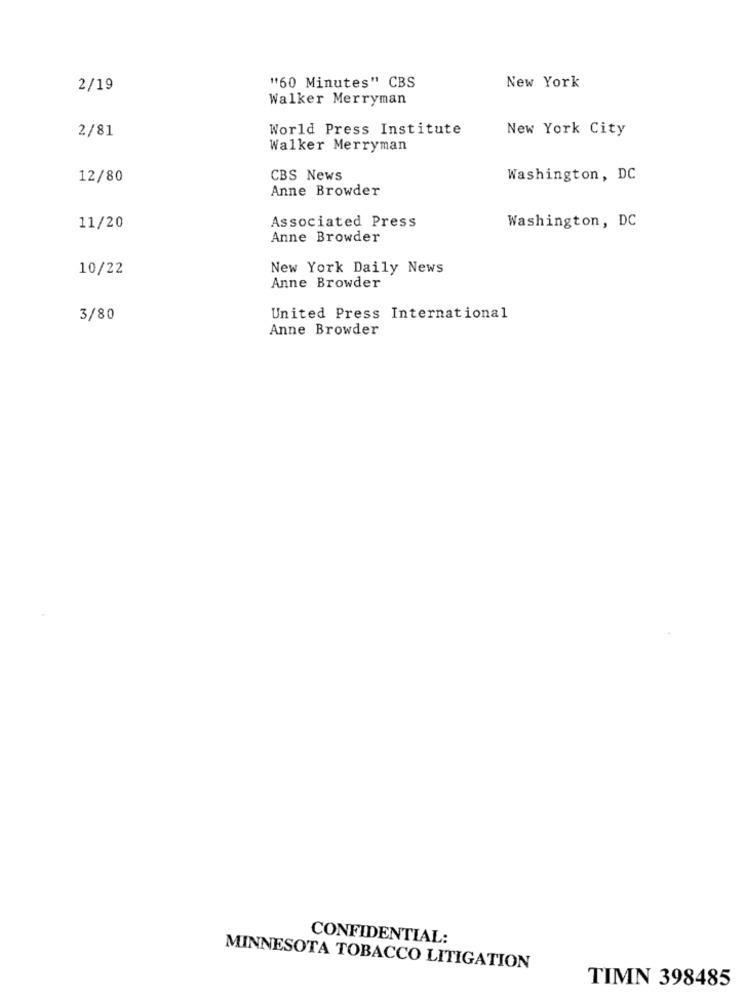
"60 Minutes" CBS
2/19
New York
Walker Merryman
2/81
World Press Institute
New York City
Walker Merryman
12/80
CBS News
Washington, DC
Anne Browder
Associated Press
11/20
Washington, DC
Anne Browder
10/22
New York Daily News
Anne Browder
3/80
United Press International
Anne Browder
CONFIDENTIAL:
MINNESOTA TOBACCO LITIGATION
TIMN 398485